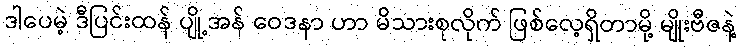
ဒါပေမဲ့ ဒီပြင်းထန် ပျို့အန် ဝေဒနာ ဟာ မိသားစုလိုက် ဖြစ်လေ့ရှိတာမို့ မျိုးဗီဇနဲ့